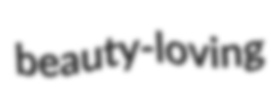
beauty-loving